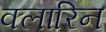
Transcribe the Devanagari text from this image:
क्लारिन